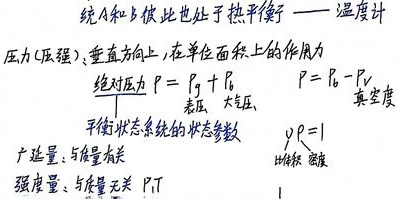
系统A和B彼此也处于热平衡。

温度计压力（压强）：垂直方向上，在单位面积上的作用力。

绝对压力 \(P = P_{g}+P_{b}\)，\(P = P_{b}-P_{v}\) 。
表压、大气压、真空度。

平衡状态系统的状态参数：
 - 广延量：与质量有关。
 - 强度量：与质量无关，如 \(P\)，\(T\) ，比体积、密度。